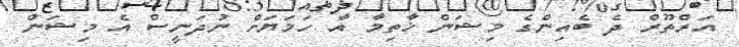
އަރްތޫރް ދެ ބެއިންގެ މިޝަން ޚާތިމާ އާ ހަމަޔަށް ނުދަނީސް އެ މިޝަން